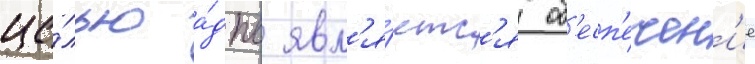
це́лью а́дпс явл'я́етс'я об'есп'ечен'ие